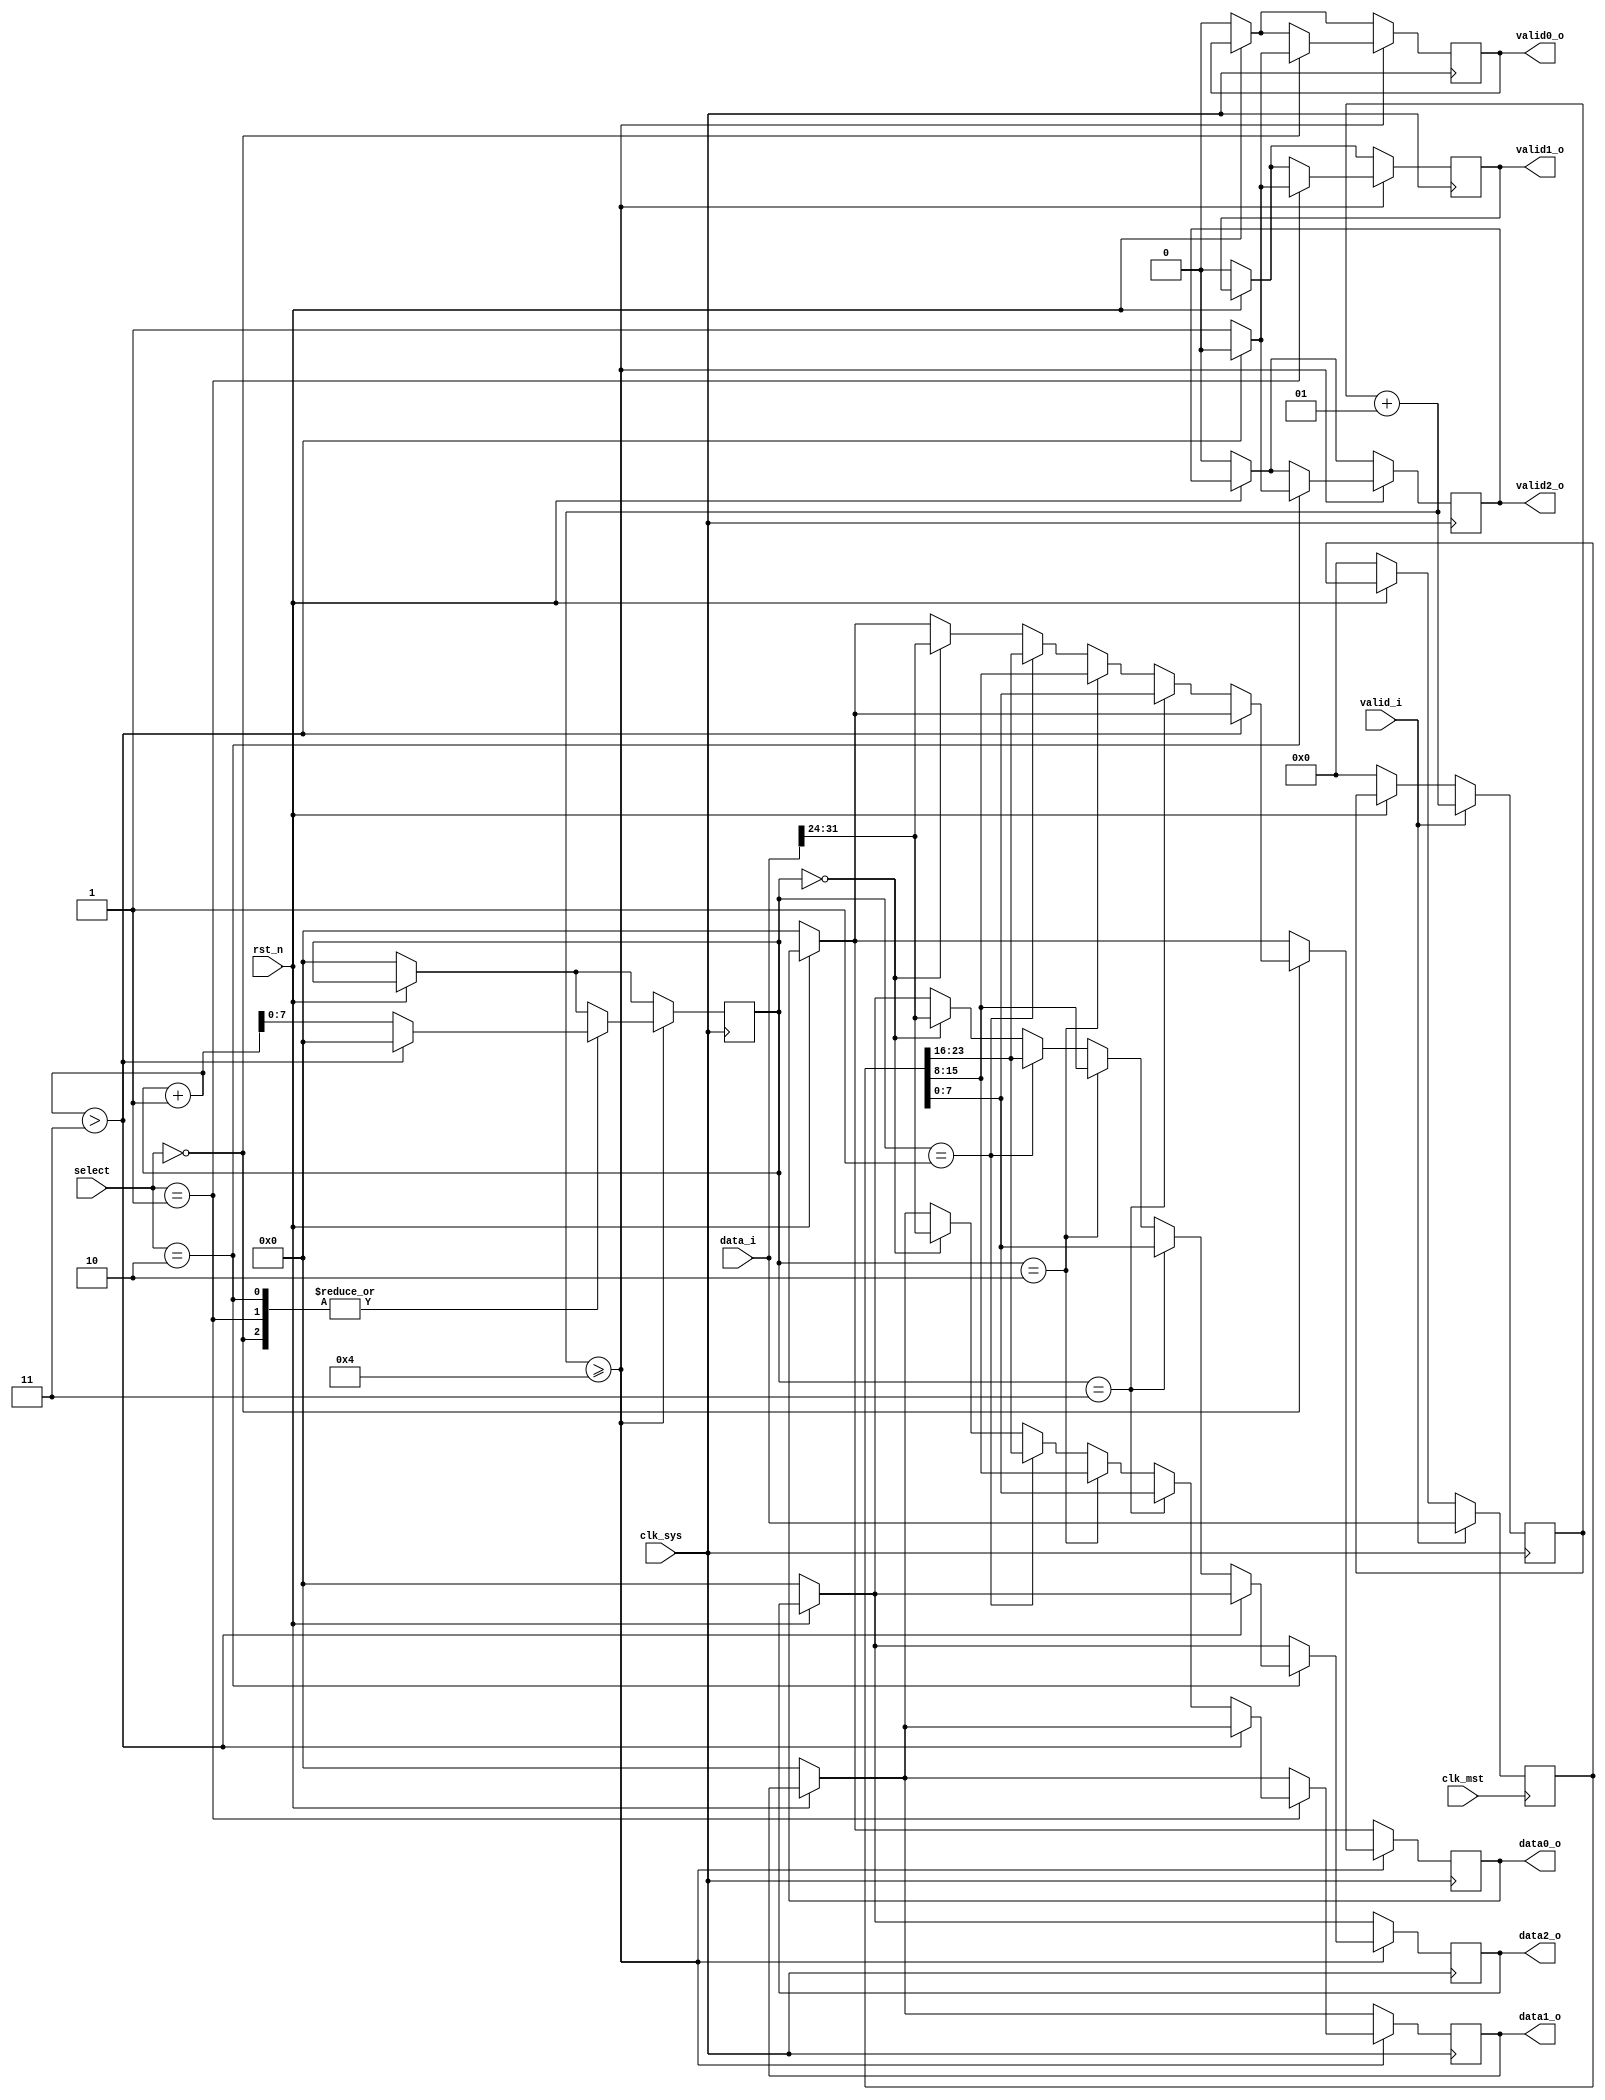
`timescale 1ns / 1ps
//////////////////////////////////////////////////////////////////////////////////
// Company: 
// Engineer: 
// 
// Design Name: 
// Module Name:    demux 
// Project Name: 
// Target Devices: 
// Tool versions: 
// Description: 
//
// Dependencies: 
//
// Revision: 
// Revision 0.01 - File Created
// Additional Comments: 
//
//////////////////////////////////////////////////////////////////////////////////

module demux #(
		parameter MST_DWIDTH = 32,
		parameter SYS_DWIDTH = 8
	)(
		// Clock and reset interface
		input clk_sys,
		input clk_mst,
		input rst_n,
		
		//Select interface
		input[1:0] select,
		
		// Input interface
		input [MST_DWIDTH -1  : 0]	 data_i,
		input 						 	 valid_i,
		
		//output interfaces
		output reg [SYS_DWIDTH - 1 : 0] 	data0_o,
		output reg     						valid0_o,
		
		output reg [SYS_DWIDTH - 1 : 0] 	data1_o,
		output reg     						valid1_o,
		
		output reg [SYS_DWIDTH - 1 : 0] 	data2_o,
		output reg     						valid2_o
		
    );
	
	
	// TODO: Implement DEMUX logic
	reg[7:0] i;
	reg valid0_o_aux;
	reg valid1_o_aux;
	reg valid2_o_aux;
	reg [MST_DWIDTH -1  : 0] vect_stoc;
	integer count;
	
	always@(posedge clk_sys) begin
		if(!rst_n) begin
			data0_o <= 0;
			data1_o <= 0;
			data2_o <= 0;
			valid0_o <= 0;
			valid1_o <= 0;
			valid2_o <= 0;
			
			count <= 0;
			i <= 0;

		end
		if(valid_i)
			count <= count + 1;

		if (count+1 >= 4) begin
			case(select)
				2'b00: begin
					valid0_o <= 1;
					//data0_o <= vect_stoc[8*i+:8]; //am incercat o varianta cu operatorul part select
					//if(i+1<4) begin
					//	i <= i+1;
				/*	end else begin
						i <= 0;
						valid0_o <= 0;
					end*/
					if(i+1 > 3) begin
						i<=0;
						valid0_o <= 0;
					end else begin
						i<= i+1;
						
					if(i == 0)
						data0_o <= data_i[31:24];
					if(i == 1)
						data0_o <= vect_stoc[23:16];
					if(i == 2)
						data0_o <= vect_stoc[15:8];
					if(i == 3)
						data0_o <= vect_stoc[7:0];
					end
				end
				
				2'b01: begin
					valid1_o <= 1;
					if(i+1 > 3) begin
						i<=0;
						valid1_o <= 0;
					end else begin
						i<= i+1;
						
					if(i == 0)
						data1_o <= data_i[31:24];
					if(i == 1)
						data1_o <= vect_stoc[23:16];
					if(i == 2)
						data1_o <= vect_stoc[15:8];
					if(i == 3)
						data1_o <= vect_stoc[7:0];
					end

				end
				
				2'b10: begin
					valid2_o <= 1;
					if(i+1 > 3) begin
						i<=0;
						valid2_o <= 0;
					end else begin
						i<= i+1;
						
					if(i == 0)
						data2_o <= data_i[31:24];
					if(i == 1)
						data2_o <= vect_stoc[23:16];
					if(i == 2)
						data2_o <= vect_stoc[15:8];
					if(i == 3)
						data2_o <= vect_stoc[7:0];
					end
				end
				
			endcase
			
			
		end
	//	count <= 0; //aici s-ar fi resetat count, dar l-am scos pt debugging
	end
	
	always@(posedge clk_mst) begin
		if(!rst_n) begin
			vect_stoc <= 0;
		end
		
		if(valid_i) 
			vect_stoc <= data_i;

	end

endmodule